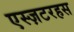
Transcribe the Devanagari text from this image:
एस्ज़टरहस